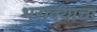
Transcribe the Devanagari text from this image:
भरावयाचा